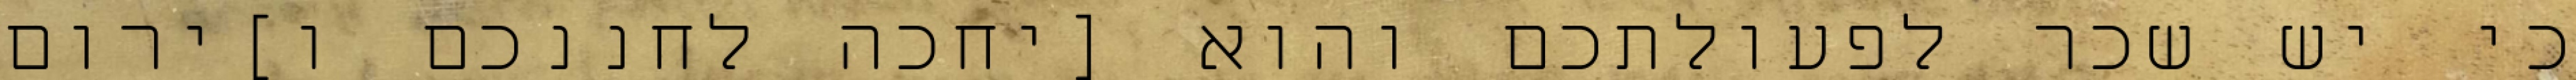
כי יש שכר לפעולתכם והוא [יחכה לחננכם ו]ירום